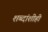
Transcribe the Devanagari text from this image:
शब्दांशीही